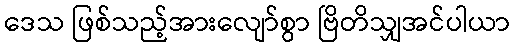
ဒေသ ဖြစ်သည့်အားလျော်စွာ ဗြိတိသျှအင်ပါယာ